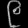
Digit: ၉